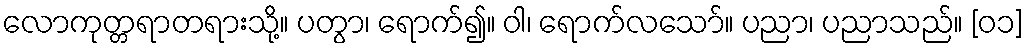
လောကုတ္တရာတရားသို့။ ပတွာ၊ ရောက်၍။ ဝါ၊ ရောက်လသော်။ ပညာ၊ ပညာသည်။ [၀၁]